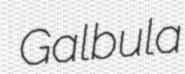
Galbula